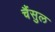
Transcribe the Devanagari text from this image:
चैंसुल